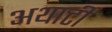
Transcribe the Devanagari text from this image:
अथार्टी